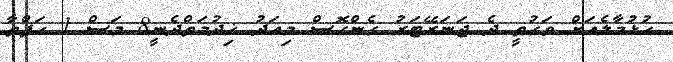
ހުޅުމާލެއަށް ވަގުތީ ދެ ޖަނަރޭޓަރު ގެންގޮސް މިއަދު ޚިދުމަތްދެނީ8 މަސް 1 ހަފްތާ